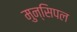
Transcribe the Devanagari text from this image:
मुन्सिपल